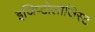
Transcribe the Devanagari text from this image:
इजिप्टोलोजिस्ट